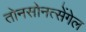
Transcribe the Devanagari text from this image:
तोनसोनत्सेंगेल